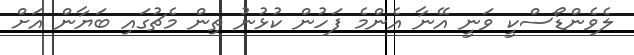
ލެވެންޑޯސްކީ ވަނީ އޭނާ އެންމެ ފަހުން ކުޅުނު ތިން މެޗުގައި ބަޔާން އަށް